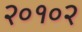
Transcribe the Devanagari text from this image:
२०१०२